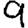
Digit: 9